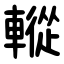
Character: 䡮